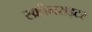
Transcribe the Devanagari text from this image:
स्क्रीनराइटर